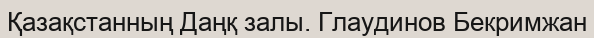
Қазақстанның Даңқ залы. Глаудинов Бекримжан